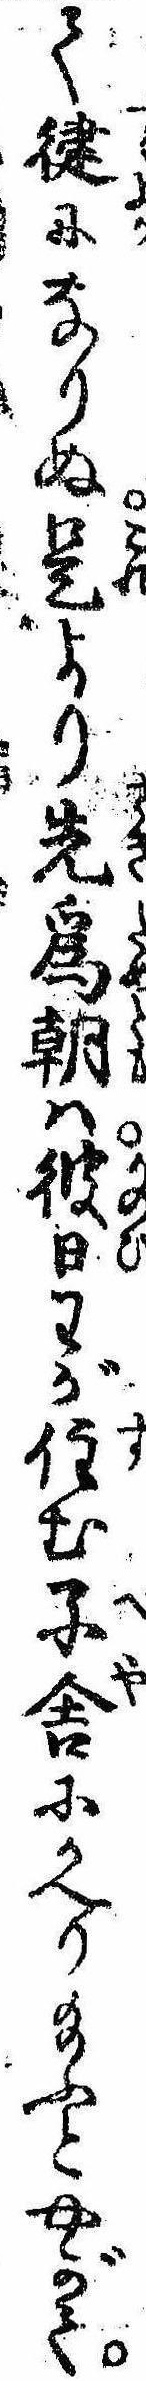
て徤になりぬ是より先為朝は彼日わが住む子舎にかへり給ふとやがて